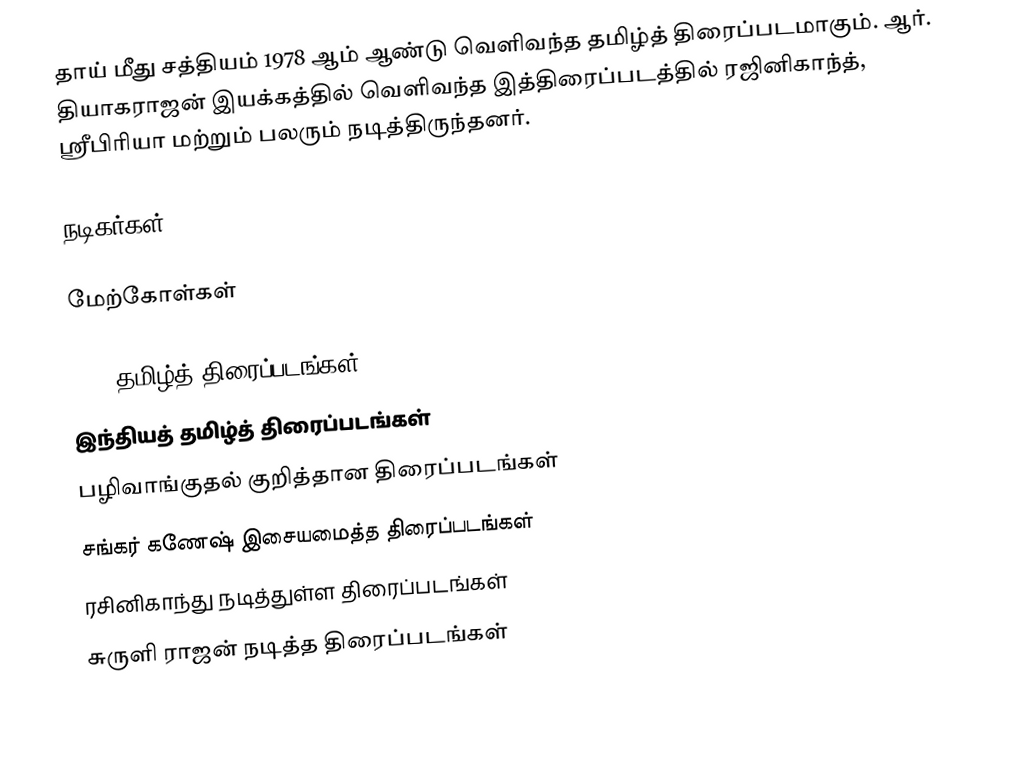
தாய் மீது சத்தியம் 1978 ஆம் ஆண்டு வெளிவந்த தமிழ்த் திரைப்படமாகும். ஆர். தியாகராஜன் இயக்கத்தில் வெளிவந்த இத்திரைப்படத்தில் ரஜினிகாந்த், ஸ்ரீபிரியா மற்றும் பலரும் நடித்திருந்தனர்.

நடிகர்கள்

மேற்கோள்கள்

1978 தமிழ்த் திரைப்படங்கள்
இந்தியத் தமிழ்த் திரைப்படங்கள்
பழிவாங்குதல் குறித்தான திரைப்படங்கள்
சங்கர் கணேஷ் இசையமைத்த திரைப்படங்கள்
ரசினிகாந்து நடித்துள்ள திரைப்படங்கள்
சுருளி ராஜன் நடித்த திரைப்படங்கள்